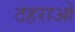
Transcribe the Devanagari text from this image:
ठहराओ